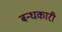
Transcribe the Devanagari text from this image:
बन्धकारी